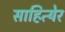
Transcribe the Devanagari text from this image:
साहित्येर